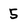
Character: 5